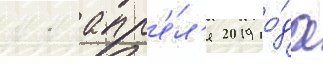
11 апр'е́л'я 2019 го́да